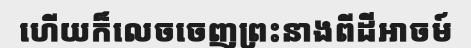
ហើយក៏លេចចេញព្រះនាងពីដីអាចម៍